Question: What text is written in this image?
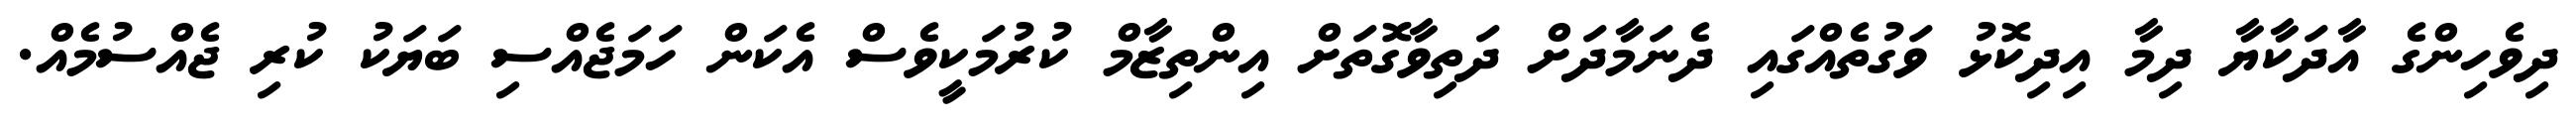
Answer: ދިވެހިންގެ އާދަކާޔާ ދިމާ އިދިކޮޅު ވަގުތެއްގައި ދެނަމާދަށް ދަތިވާގޮތަށް އިންތިޒާމް ކުރުމަކީވެސް އެކަން ހަމަޖެއްސި ބަޔަކު ކުރި ޖެއްސުމެއް.